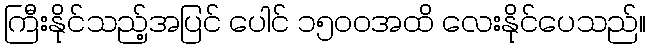
ကြီးနိုင်သည့်အပြင် ပေါင် ၁၅၀၀အထိ လေးနိုင်ပေသည်။